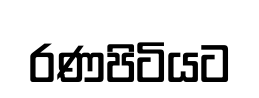
රණපිටියට